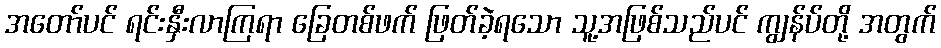
အတော်ပင် ရင်းနှီးလာကြရာ ခြေတစ်ဖက် ဖြတ်ခဲ့ရသော သူ့အဖြစ်သည်ပင် ကျွန်ပ်တို့ အတွက်